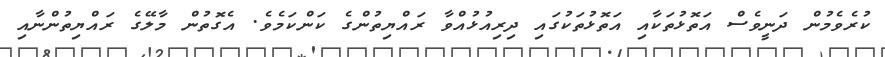
ކުރެވެމުން ދަނީވެސް އަތޮޅުތަކާއި އަތޮޅުތަކުގައި ދިރިއުޅުއްވާ ރައްޔިތުންގެ ކަންކަމެވެ. އެގޮތުން މާލޭގެ ރައްޔިތުންނާއި